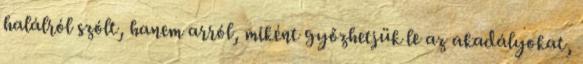
halálról szólt, hanem arról, miként győzhetjük le az akadályokat,